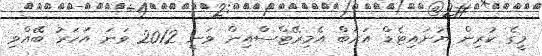
މީގެ ކުރިން ޔުނައިޓެޑް އަރަބް އެމިރޭޓްސްއިން ވަނީ 2012 ވަނަ އަހަރު ބޭއްވި